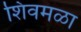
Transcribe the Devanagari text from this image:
शिवमळा